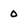
Character: O